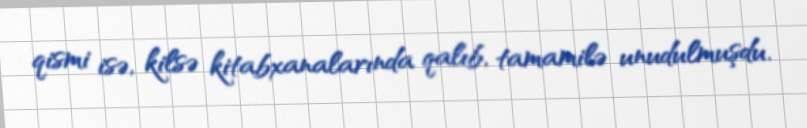
qismi isə, kilsə kitabxanalarında qalıb, tamamilə unudulmuşdu.